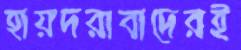
হায়দরাবাদেরই